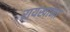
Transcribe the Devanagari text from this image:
रायखाना